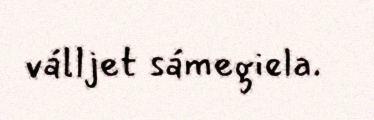
válljet sámegiela.